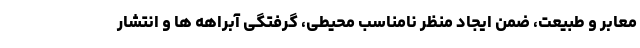
معابر و طبیعت، ضمن ایجاد منظر نامناسب محیطی، گرفتگی آبراهه ها و انتشار